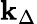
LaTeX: \mathbf{k}_{\Delta}